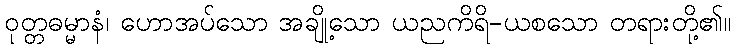
ဝုတ္တဓမ္မာနံ၊ ဟောအပ်သော အချို့သော ယညကိရိ-ယစသော တရားတို့၏။